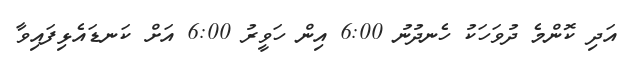
އަދި ކޮންމެ ދުވަހަކު ހެނދުނު 6:00 އިން ހަވީރު 6:00 އަށް ކަނޑައެޅިފައިވާ